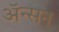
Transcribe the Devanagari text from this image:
ॲन्सन